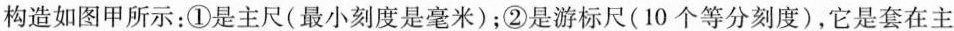
构造如图甲所示：①是主尺(最小刻度是毫米)；②是游标尺(10个等分刻度)，它是套在主